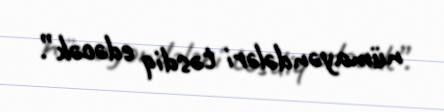
nümayəndələri təsdiq edəcək”.